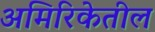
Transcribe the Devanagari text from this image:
अमिरिकेतील